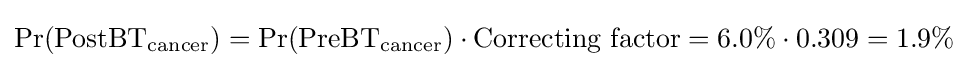
\Pr({\text{PostBT}}_{\text{cancer}})=\Pr({\text{PreBT}}_{\text{cancer}})\cdot {\text{Correcting factor}}=6.0\%\cdot 0.309=1.9\%